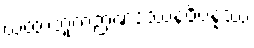
ယထာဘူတဉာဏဒဿနဝိပန္နဿ